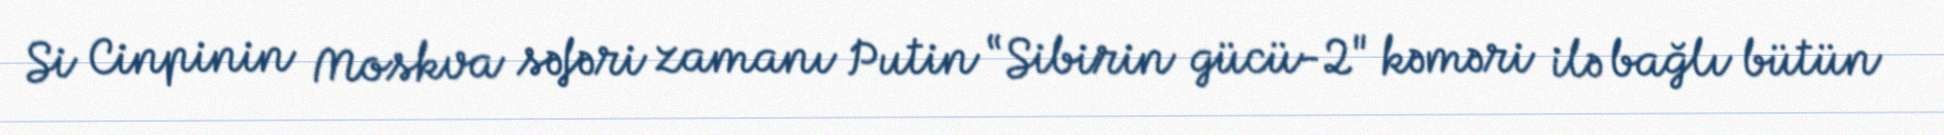
Si Cinpinin Moskva səfəri zamanı Putin “Sibirin gücü-2" kəməri ilə bağlı bütün